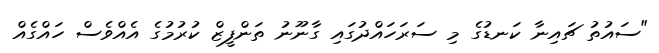
"ސައުތު ޗައިނާ ކަނޑުގެ މި ސަރަހައްދުގައި ގާނޫނު ތަންފީޒް ކުރުމުގެ އެއްވެސް ހައްގެއް